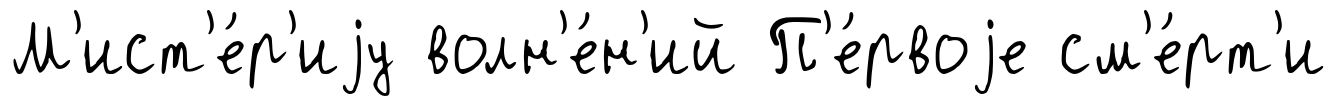
М'ист'е́р'иjу волн'е́н'ий П'е́рвоjе см'е́рт'и